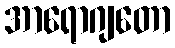
အာရောဂျတော